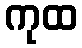
ကုထ